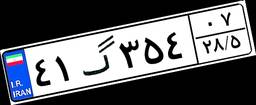
۹۴گ۹۴۹۷۳